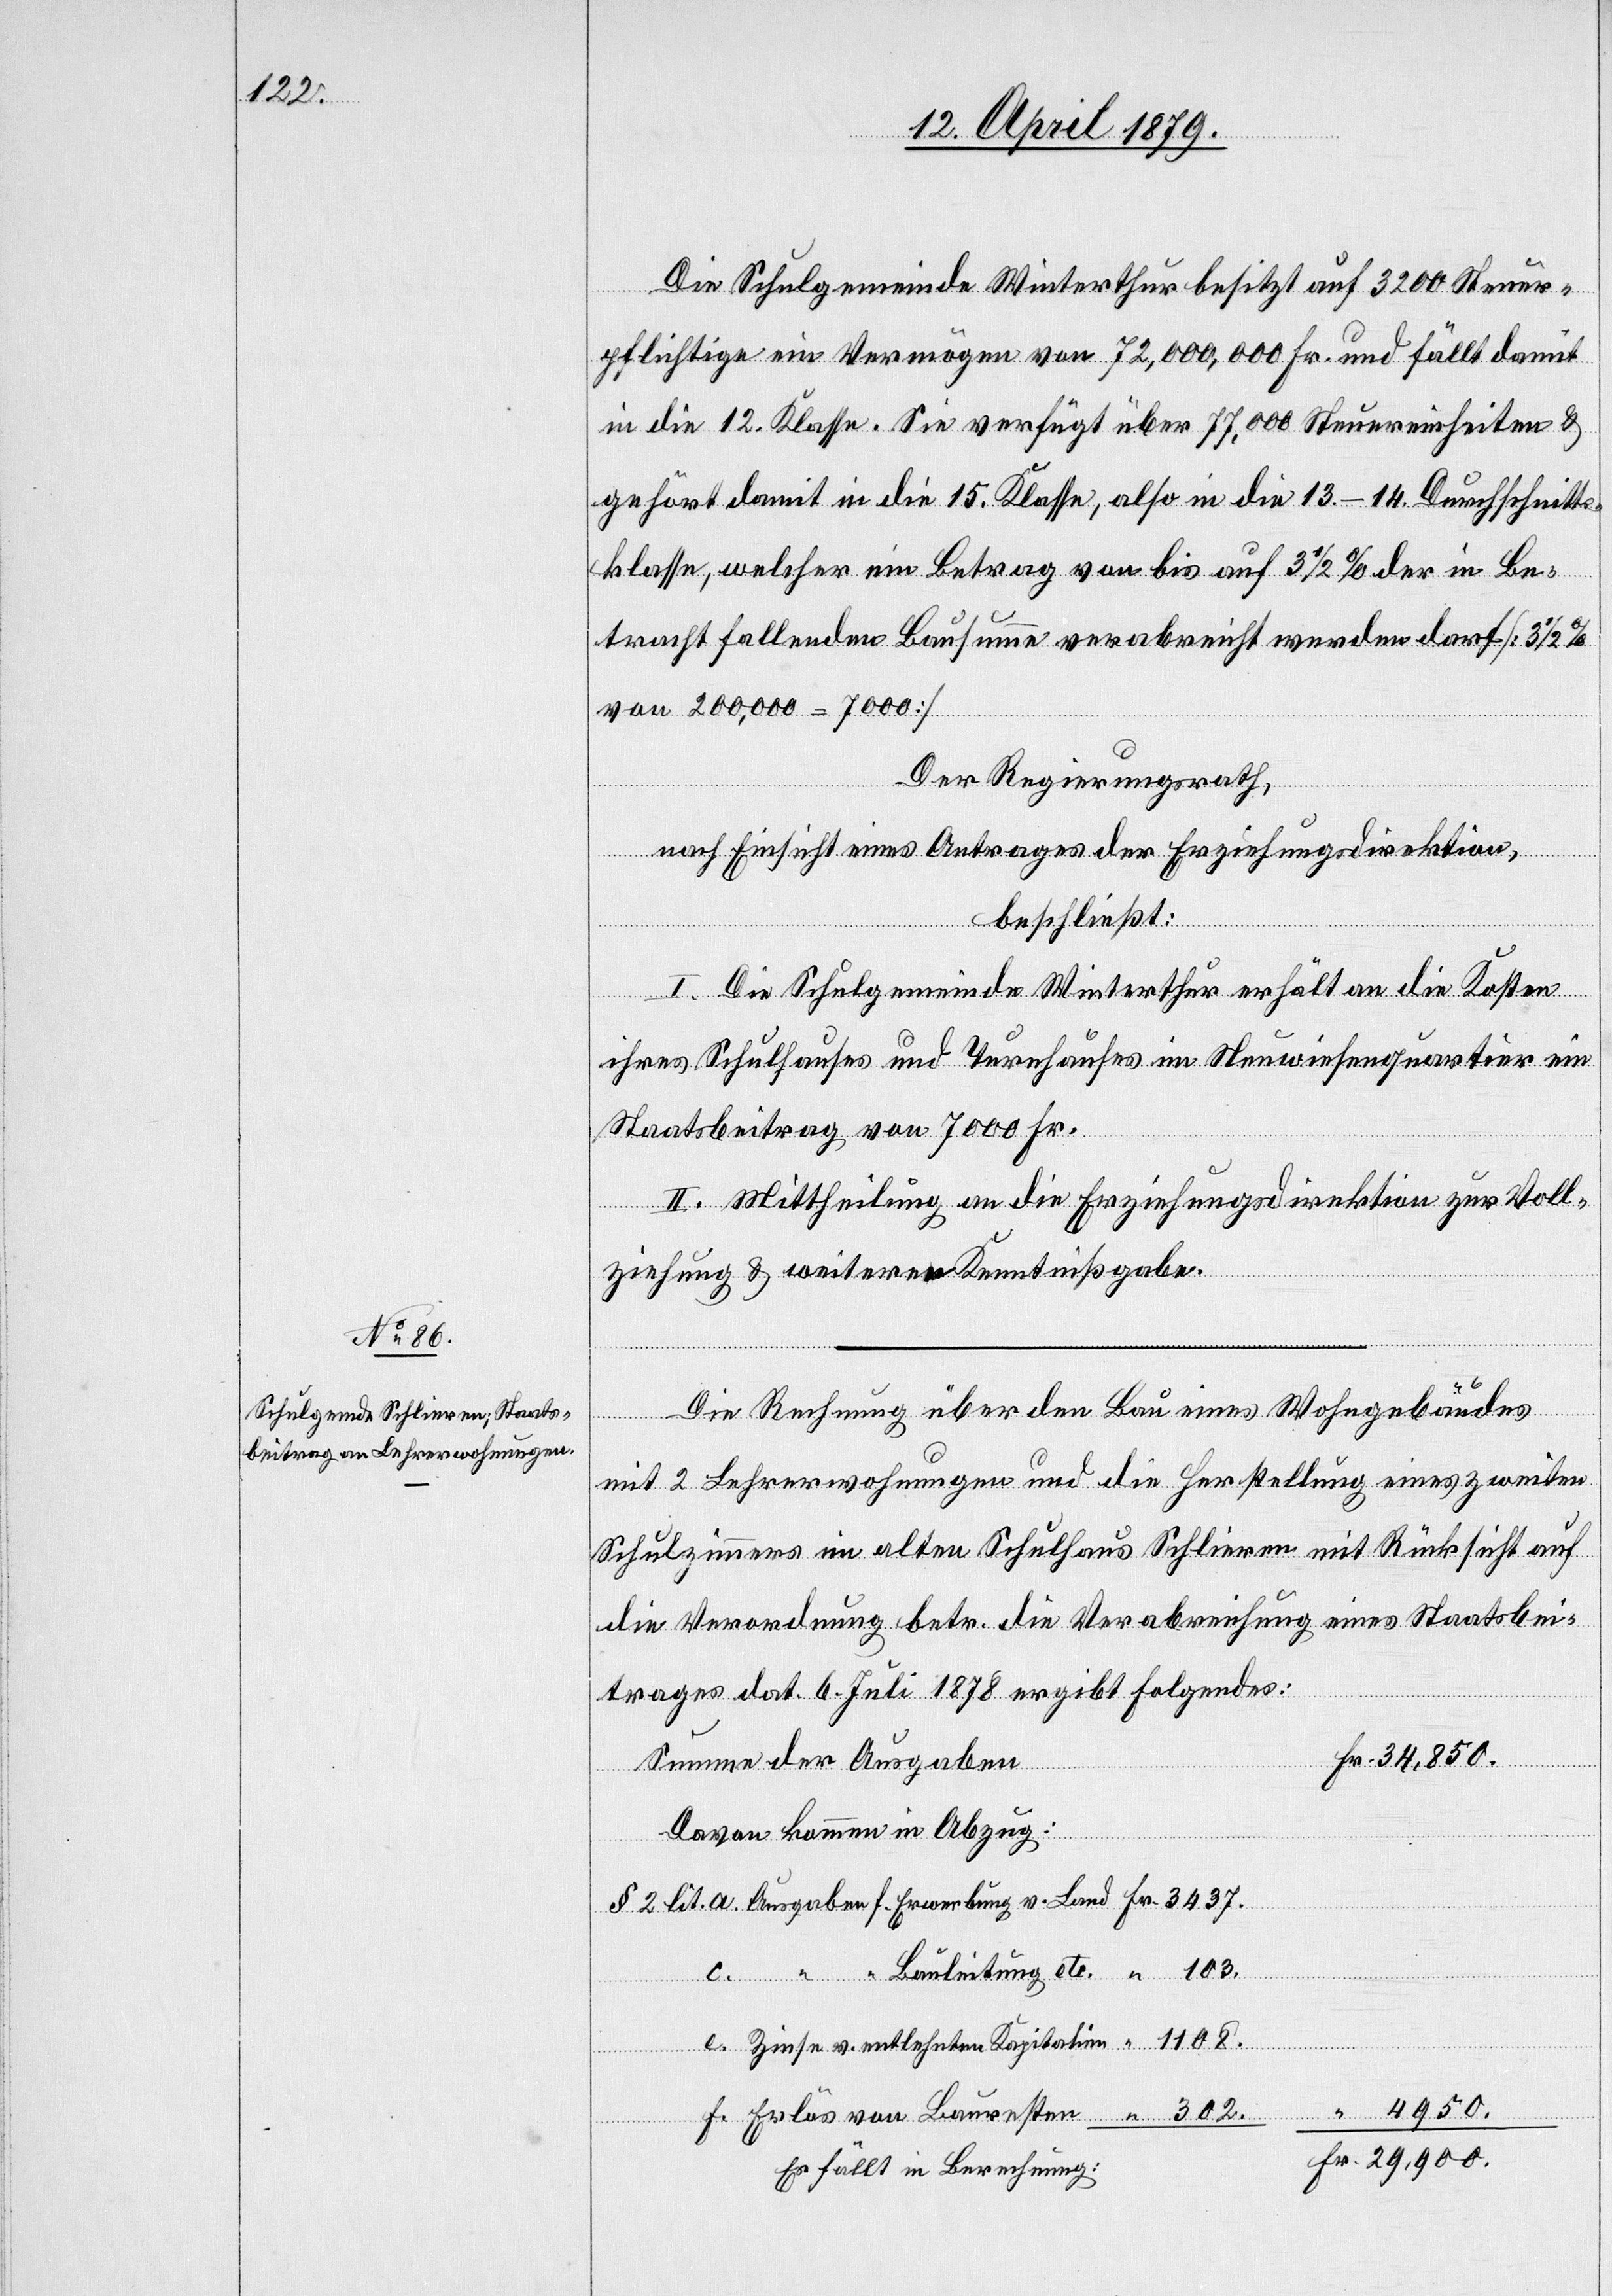
Die Schulgemeinde Winterthur besitzt auf 3200 Steuer¬
pflichtige ein Vermögen von 72,000,000 Fr. und fällt damit
in die 12. Klasse. Sie verfügt über 77,000 Steuereinheiten &
gehört damit in die 15. Klasse, also in die 13.–14. Durchschnitts¬
klasse, welcher ein Betrag von bis auf 3 1/2% der in Be¬
tracht fallenden Bausumme verabreicht werden darf [3
von 200,000 = 7000]
Der Regierungsrath,
nach Einsicht eines Antrages der Erziehungsdirektion,
beschließt:
erbung
Fr.
I. Die Schulgemeinde Winterthur erhält an die Kosten
ihres Schulhauses und Turnhauses im Neuwiesenquartier ein
Staatsbeitrag von 7000 Fr.
II. Mittheilung an die Erziehungsdirektion zur Voll¬
ziehung & weiteren Kenntnißgabe.
“
Die Rechnung über den Bau eines Wohngebäudes
Ausgaben f.
mit 2 Lehrerwohnungen und die Herstellung eines zweiten
Schulzimmers im alten Schulhaus Schlieren mit Rücksicht auf
die Verordnung betr. die Verabreichung eines Staatsbei¬
trages dat. 6. Juli 1878 ergibt Folgendes:
34,850.
Summe der Ausgaben
Davon kommen in Abzug:
“ “ Bauleitung etc.
e. Zinse v. entlehnten Kapitalien
f. Erlös von Bauresten
Es fällt in Berechnung: